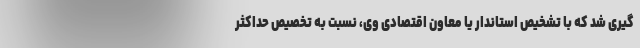
گیری شد که با تشخیص استاندار یا معاون اقتصادی وی، نسبت به تخصیص حداکثر